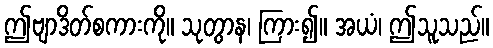
ဤဗျာဒိတ်စကားကို။ သုတွာန၊ ကြား၍။ အယံ၊ ဤသူသည်။